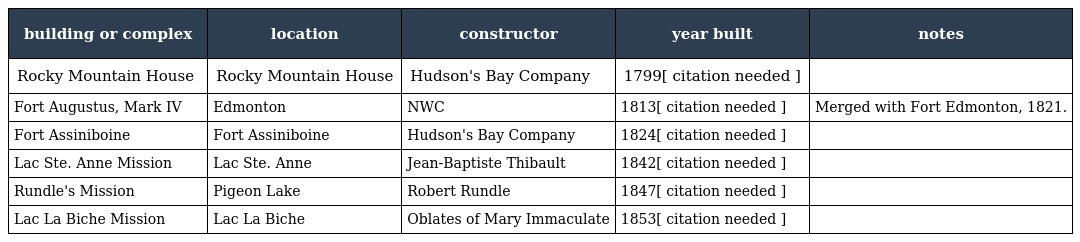
| building or complex | location | constructor | year built | notes |
 | --- | --- | --- | --- | --- |
 | Rocky Mountain House | Rocky Mountain House | Hudson's Bay Company | 1799[ citation needed ] |  |
 | Fort Augustus, Mark IV | Edmonton | NWC | 1813[ citation needed ] | Merged with Fort Edmonton, 1821. |
 | Fort Assiniboine | Fort Assiniboine | Hudson's Bay Company | 1824[ citation needed ] |  |
 | Lac Ste. Anne Mission | Lac Ste. Anne | Jean-Baptiste Thibault | 1842[ citation needed ] |  |
 | Rundle's Mission | Pigeon Lake | Robert Rundle | 1847[ citation needed ] |  |
 | Lac La Biche Mission | Lac La Biche | Oblates of Mary Immaculate | 1853[ citation needed ] |  |